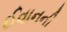
ઈવાનની